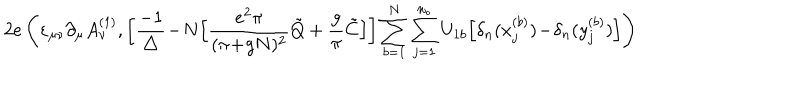
2 e \left( \varepsilon _ { \mu \nu } \partial _ { \mu } A _ { \nu } ^ { ( 1 ) } , \bigg [ \frac { - 1 } { \triangle } \! - \! N \Big [ \frac { e ^ { 2 } \pi } { ( \pi \! + \! g N ) ^ { 2 } } \tilde { Q } + \frac { g } { \pi } \tilde { C } \Big ] \bigg ] \sum _ { b = 1 } ^ { N } \sum _ { j = 1 } ^ { n _ { b } } U _ { 1 b } \Big [ \delta _ { n } ( x _ { j } ^ { ( b ) } ) \! - \! \delta _ { n } ( y _ { j } ^ { ( b ) } ) \Big ] \right)